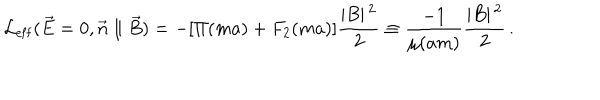
{ \cal L } _ { \mathrm { e f f } } ( \vec { E } = 0 , \vec { n } \parallel \vec { B } ) = - [ \Pi ( m a ) + F _ { 2 } ( m a ) ] \frac { \vert B \vert ^ { \, 2 } } { 2 } \equiv \frac { - 1 } { \mu ( a m ) } \frac { \vert B \vert ^ { \, 2 } } { 2 } \, .